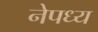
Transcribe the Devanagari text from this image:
नेपध्य